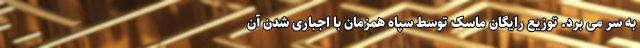
به سر می برد. توزیع رایگان ماسک توسط سپاه همزمان با اجباری شدن آن